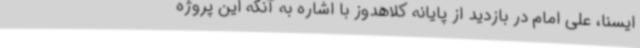
ایسنا، علی امام در بازدید از پایانه کلاهدوز با اشاره به آنکه این پروژه